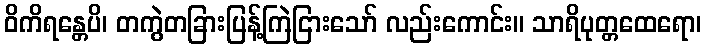
ဝိကိရန္တေပိ၊ တကွဲတခြားပြန့်ကြဲငြားသော် လည်းကောင်း။ သာရိပုတ္တထေရော၊